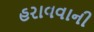
હરાવવાની